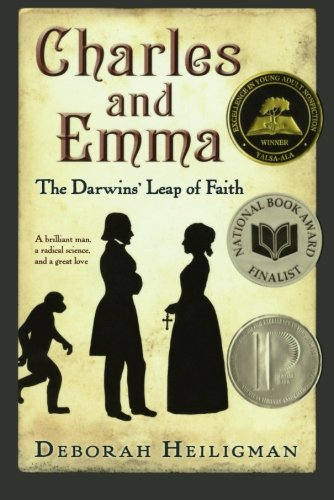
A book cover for Charles and Emma: The Darwins' Leap of Faith; Deborah Heiligman; Teen & Young Adult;